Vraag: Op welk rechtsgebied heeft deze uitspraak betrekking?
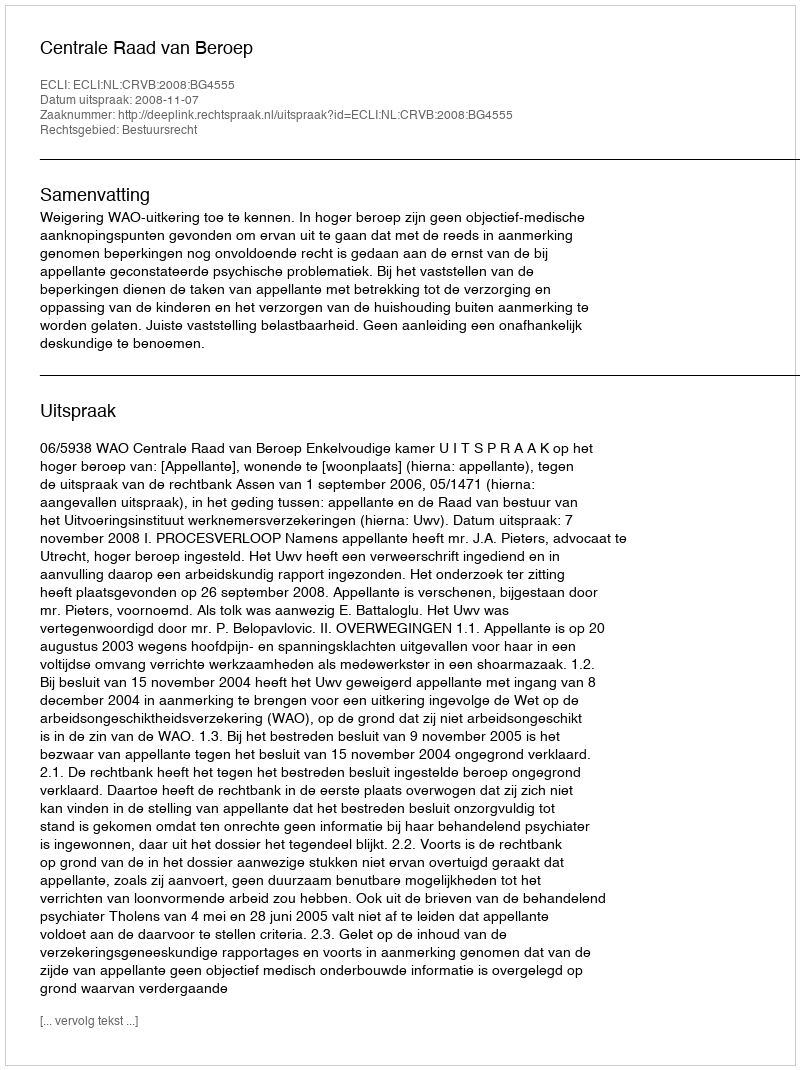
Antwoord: Bestuursrecht